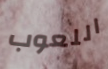
اللعوب